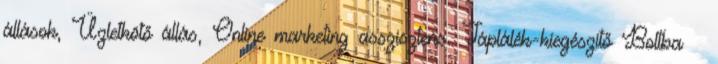
állások, Üzletkötő állás, Online marketing asszisztens. Táplálék-kiegészítő Boltba